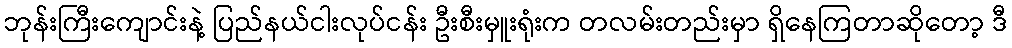
ဘုန်းကြီးကျောင်းနဲ့ ပြည်နယ်ငါးလုပ်ငန်း ဦးစီးမှူးရုံးက တလမ်းတည်းမှာ ရှိနေကြတာဆိုတော့ ဒီ